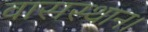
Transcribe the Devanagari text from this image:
वासस्थान।